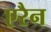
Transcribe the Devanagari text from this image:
एरैन